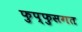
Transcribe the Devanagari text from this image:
फुप्फुसगत